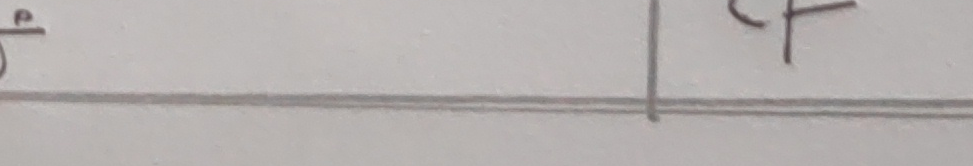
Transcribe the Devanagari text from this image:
पर्नु